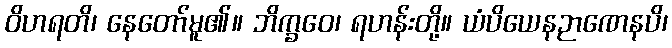
ဝိဟရတိ၊ နေတော်မူ၏။ ဘိက္ခဝေ၊ ရဟန်းတို့။ ယံပိယေနဉာဏေနပိ၊